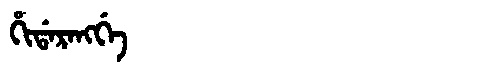
Manchu: ᡥᡳᡩᠠᡵᠠᠩᡤᡝ
Romanization: HIDARANGGE